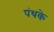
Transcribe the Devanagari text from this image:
पंथके